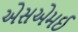
એસએમઈ